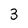
Character: 3